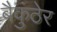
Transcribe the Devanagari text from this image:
बैकुंठेर